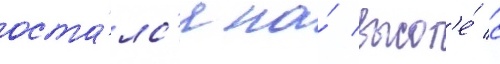
оста́лс'я на́ высот'е́ с